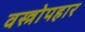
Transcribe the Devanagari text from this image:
वस्त्रोपहार